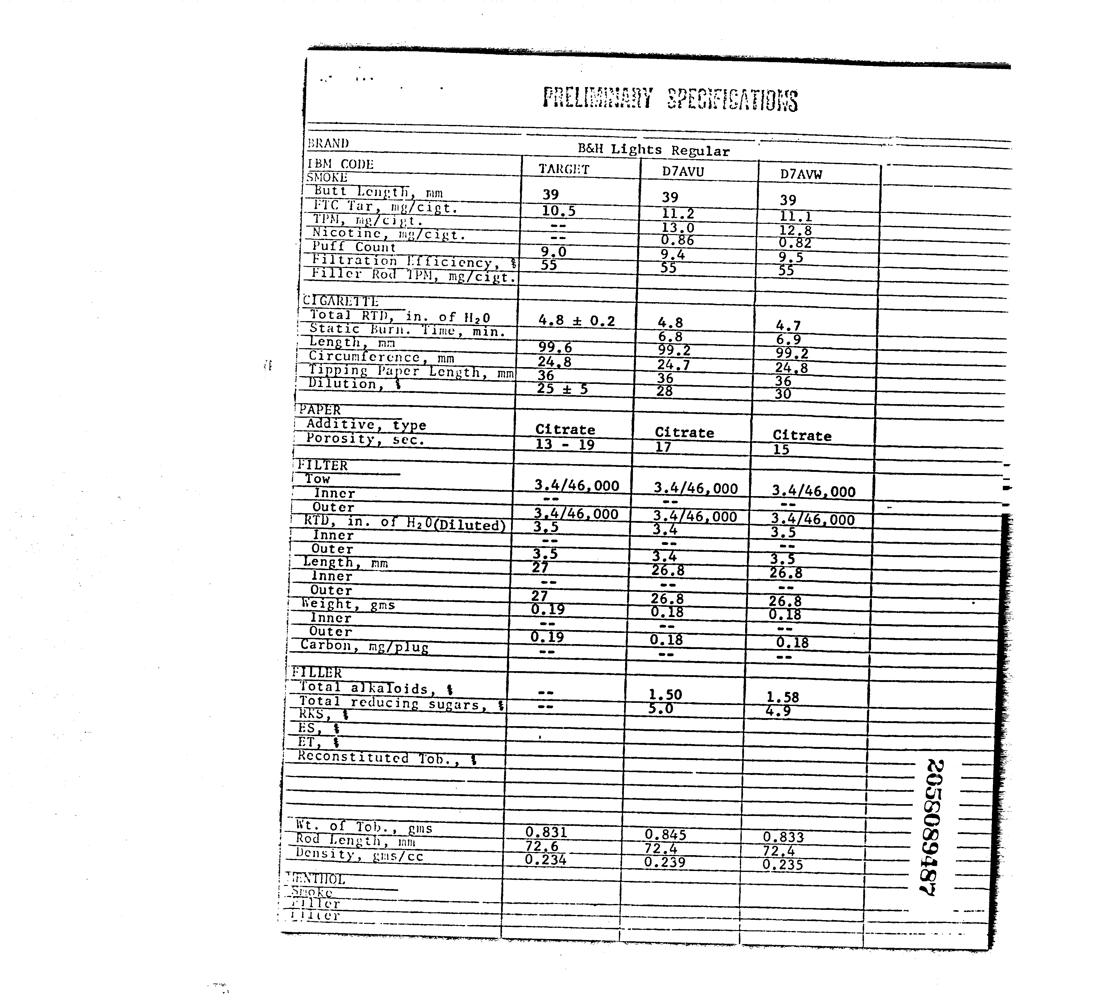
BRAND B&H Lights Regular
 IBM CODE TARGET D7AVU
 utt Leneth
 FIC Tar, mp/c
 np /cipt.
 cotine Hi
 ount
 tration
 er Rod 1
 c t.
 icienc
 m c
 C :
 Total RTD
 of H.0
 in.
 : tatic urh. me, min
 enget mm
 reumtercence, mm
 n aper engt
 u on
 Citrate
 Citrate
 | Additive, type
 Orosity, sec,
 46,000 4/46, 000
 i Tow
 : nner
 ter
 n. oO
 nner
 uter
 net
 nner
 ter
 nner
 ter
 arbon
 ANP ele mete cones ae a atey
 Peet aniaToide
 Total reducin
 Sugars
 econstitute
 ° Ob.
 engetn
 ins
 &SP6SO0Scor
 i ensity Wis / CC
 | ENT
 j -nHOK He
 Ite
 “rl ter
 te re